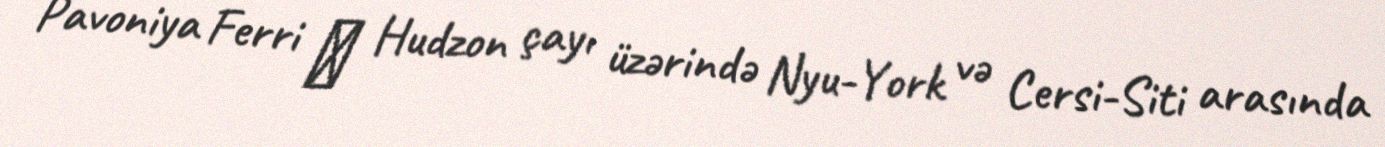
Pavoniya Ferri ― Hudzon çayı üzərində Nyu-York və Cersi-Siti arasında